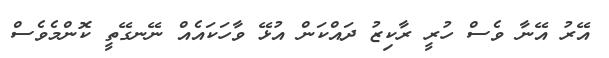
އޭރު އޭނާ ވެސް ހުރީ ރާކިޒު ދައްކަން އުޅޭ ވާހަކައެއް ނޭނގޭތީ ކޮންމެވެސް